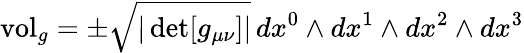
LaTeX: \mathrm{vol}_{g}=\pm{\sqrt{|\operatorname*{det}[g_{\mu\nu}]|}}\, dx^{0}\wedge dx^{1}\wedge dx^{2}\wedge dx^{3}